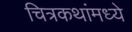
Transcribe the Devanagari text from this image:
चित्रकथांमध्ये